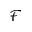
\mathcal { F }